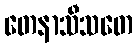
တေနာသီသတေ